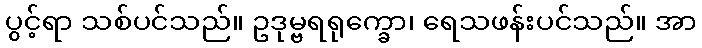
ပွင့်ရာ သစ်ပင်သည်။ ဥဒုမ္ဗရရုက္ခော၊ ရေသဖန်းပင်သည်။ အာ